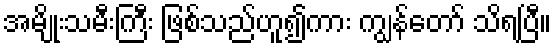
အမျိုးသမီးကြီး ဖြစ်သည်ဟူ၍ကား ကျွန်တော် သိရပြီ။